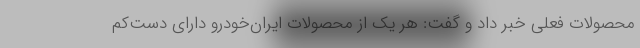
محصولات فعلی خبر داد و گفت: هر یک از محصولات ایران‌خودرو دارای دست‌کم